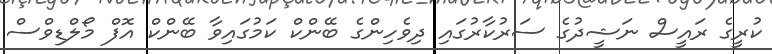
ކުރީގެ ރައީސް ނަޝީދުގެ ސަރުކާރުގައި ދިވެހިންގެ ބޭންކް ކަމުގައިވާ ބޭންކް އޮފް މޯލްޑިވްސް